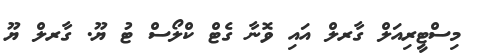
މިސްޓީރިއަލް ގާރލް އައި ވޮނާ ގެޓް ކްލޯސް ޓު ޔޫ. ގާރލް ޔޫ